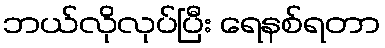
ဘယ်လိုလုပ်ပြီး ရေနစ်ရတာ